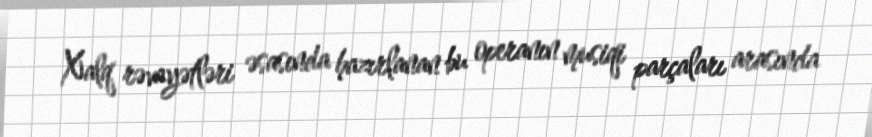
Xalq rəvayətləri əsasında hazırlanan bu operanın musiqi parçaları arasında